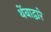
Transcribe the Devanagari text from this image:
थेंबाद्वारे